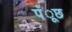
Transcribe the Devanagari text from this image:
पँूछ